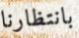
بانتظارنا